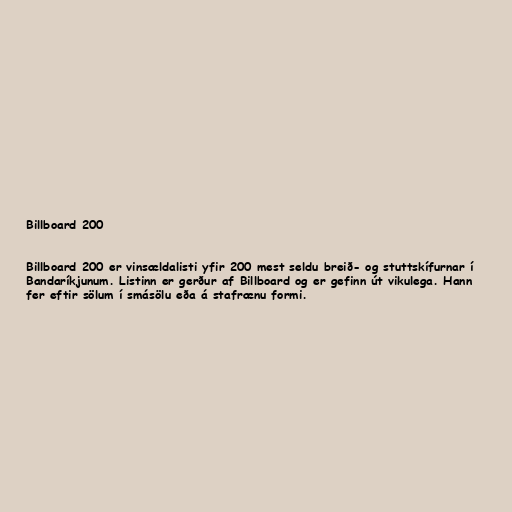
Billboard 200

Billboard 200 er vinsældalisti yfir 200 mest seldu breið- og stuttskífurnar í
Bandaríkjunum. Listinn er gerður af Billboard og er gefinn út vikulega. Hann
fer eftir sölum í smásölu eða á stafrænu formi.